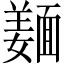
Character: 𲊚